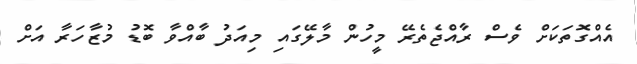
އެއްގޮތަކަށް ވެސް ރާއްޖެތެރޭ މީހުން މާލޭގައި މިއަދު ބާއްވާ ބޮޑު މުޒާހަރާ އަށް